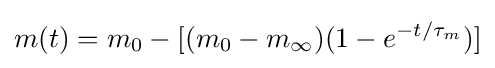
m(t)=m_{0}-[(m_{0}-m_{\infty })(1-e^{-t/\tau _{m}})]